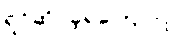
ရင်ဆိုင်ခဲ့ရကြောင်း